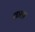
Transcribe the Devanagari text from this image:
काञ्च